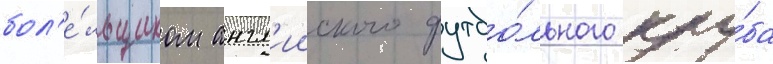
бол'е́льщиком англ'ииского футбо́льного клу́ба